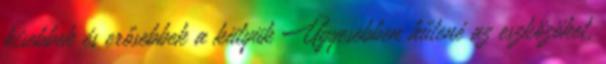
kisebbek és erősebbek a kütyük Ügyesebben hűtené az eszközöket,